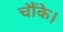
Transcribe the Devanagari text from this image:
चौंके।